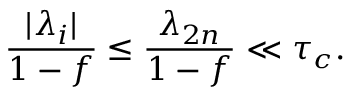
\frac { | \lambda _ { i } | } { 1 - f } \le \frac { \lambda _ { 2 n } } { 1 - f } \ll \tau _ { c } .